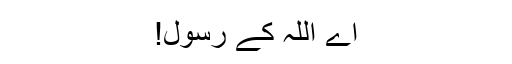
اے اللہ کے رسول!